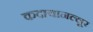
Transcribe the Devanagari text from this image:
कदायानल्लूर